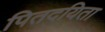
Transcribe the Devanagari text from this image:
पितदयिता